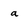
Character: a